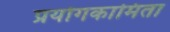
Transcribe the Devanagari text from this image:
प्रयोगकामिता